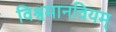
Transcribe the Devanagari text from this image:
विश्वमानवियम्